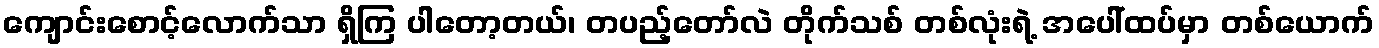
ကျောင်းစောင့်လောက်သာ ရှိကြ ပါတော့တယ်၊ တပည့်တော်လဲ တိုက်သစ် တစ်လုံးရဲ့ အပေါ်ထပ်မှာ တစ်ယောက်